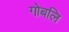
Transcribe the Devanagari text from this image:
गोबलि